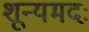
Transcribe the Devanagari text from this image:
शून्यमदः